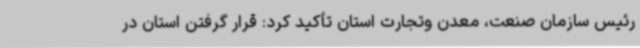
رئیس سازمان صنعت، معدن وتجارت استان تأکید کرد: قرار گرفتن استان در